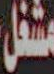
مشغل